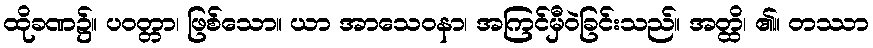
ထိုခဏ၌။ ပဝတ္တာ၊ ဖြစ်သော။ ယာ အာသေဝနာ၊ အကြင်မှီဝဲခြင်းသည်။ အတ္ထိ၊ ၏။ တဿာ